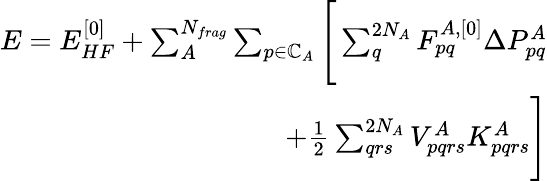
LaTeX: \begin{array}{r}{E=E_{HF}^{[0]}+\sum_{A}^{N_{frag}}\sum_{p\in\mathbb{C}_{A}}\Bigg[\sum_{q}^{2N_{A}}F_{pq}^{A,[0]}\Delta P_{pq}^{A}}\\ {+\frac{1}{2}\sum_{qrs}^{2N_{A}}V_{pqrs}^{A}K_{pqrs}^{A}\Bigg]}\end{array}